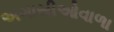
અગાસીઓવાળા